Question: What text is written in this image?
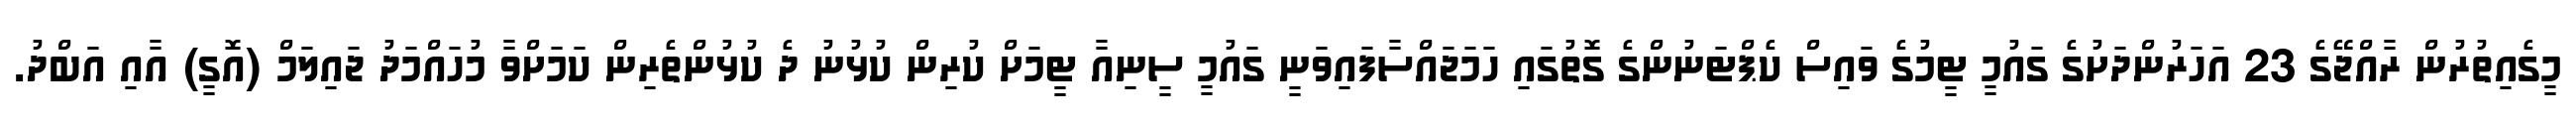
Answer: މީގެއިތުރުން ރާއްޖޭގެ 23 އަހަރުންދަށުގެ ގައުމީ ޓީމުގެ ވައިސް ކެޕްޓަނުންގެ ގޮތުގައި ހަމަޖައްސާފައިވަނީ ގައުމީ ސީނިއާ ޓީމަށް ކުރިން ކުޅުނު ދެ ކުޅުންތެރިން ކަމަށްވާ މުހައްމަދު ޖައިލަމް (އޮގީ) އާއި އަބްދު.